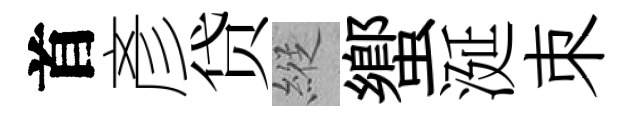
首彥贷縱蠁涎朿